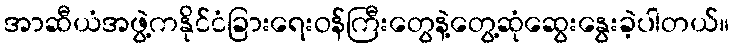
အာဆီယံအဖွဲ့ကနိုင်ငံခြားရေးဝန်ကြီးတွေနဲ့တွေ့ဆုံဆွေးနွေးခဲ့ပါတယ်။